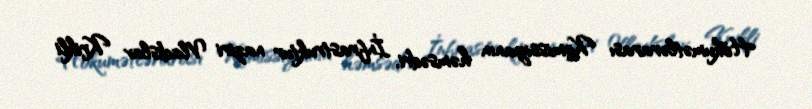
Hökumətlərarası Komissiyanın həmsədri, İnfrastruktur naziri Vladislav Krikli